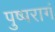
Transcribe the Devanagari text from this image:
पुष्परागं